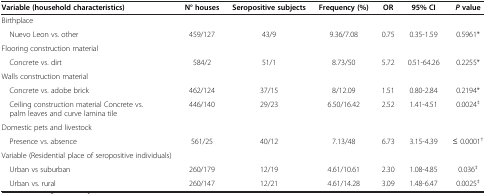
<table><thead><tr><td><b>Variable (household characteristics)</b></td><td><b>N° houses</b></td><td><b>Seropositive subjects</b></td><td><b>Frequency (%)</b></td><td><b>OR</b></td><td><b>95% CI</b></td><td><b><i>P </i>value</b></td></tr></thead><tbody><tr><td>Birthplace</td><td> </td><td> </td><td> </td><td> </td><td> </td><td> </td></tr><tr><td> Nuevo Leon vs. other</td><td>459/127</td><td>43/9</td><td>9.36/7.08</td><td>0.75</td><td>0.35-1.59</td><td>0.5961*</td></tr><tr><td>Flooring construction material</td><td> </td><td> </td><td> </td><td> </td><td> </td><td> </td></tr><tr><td> Concrete vs. dirt</td><td>584/2</td><td>51/1</td><td>8.73/50</td><td>5.72</td><td>0.51-64.26</td><td>0.2255*</td></tr><tr><td>Walls construction material</td><td> </td><td> </td><td> </td><td> </td><td> </td><td> </td></tr><tr><td> Concrete vs. adobe brick</td><td>462/124</td><td>37/15</td><td>8/12.09</td><td>1.51</td><td>0.80-2.84</td><td>0.2194*</td></tr><tr><td> Ceiling construction material Concrete vs. palm leaves and curve lamina tile</td><td>446/140</td><td>29/23</td><td>6.50/16.42</td><td>2.52</td><td>1.41-4.51</td><td>0.0024<sup>‡</sup></td></tr><tr><td>Domestic pets and livestock</td><td> </td><td> </td><td> </td><td> </td><td> </td><td> </td></tr><tr><td> Presence vs. absence</td><td>561/25</td><td>40/12</td><td>7.13/48</td><td>6.73</td><td>3.15-4.39</td><td>≤ 0.0001<sup>†</sup></td></tr><tr><td>Variable (Residential place of seropositive individuals)</td><td> </td><td> </td><td> </td><td> </td><td> </td><td> </td></tr><tr><td> Urban vs suburban</td><td>260/179</td><td>12/19</td><td>4.61/10.61</td><td>2.30</td><td>1.08-4.85</td><td>0.036<sup>‡</sup></td></tr><tr><td> Urban vs. rural</td><td>260/147</td><td>12/21</td><td>4.61/14.28</td><td>3.09</td><td>1.48-6.47</td><td>0.0025<sup>‡</sup></td></tr></tbody></table>